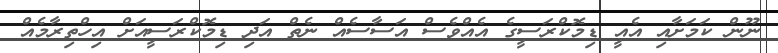
ނޫން ކަމަށާއި އެއީ ޑިމޮކްރަސީގެ އެއްވެސް އަސާސެއް ނެތް އަދި ޑިމޮކްރަސީއަށް އިހްތިރާމެއް